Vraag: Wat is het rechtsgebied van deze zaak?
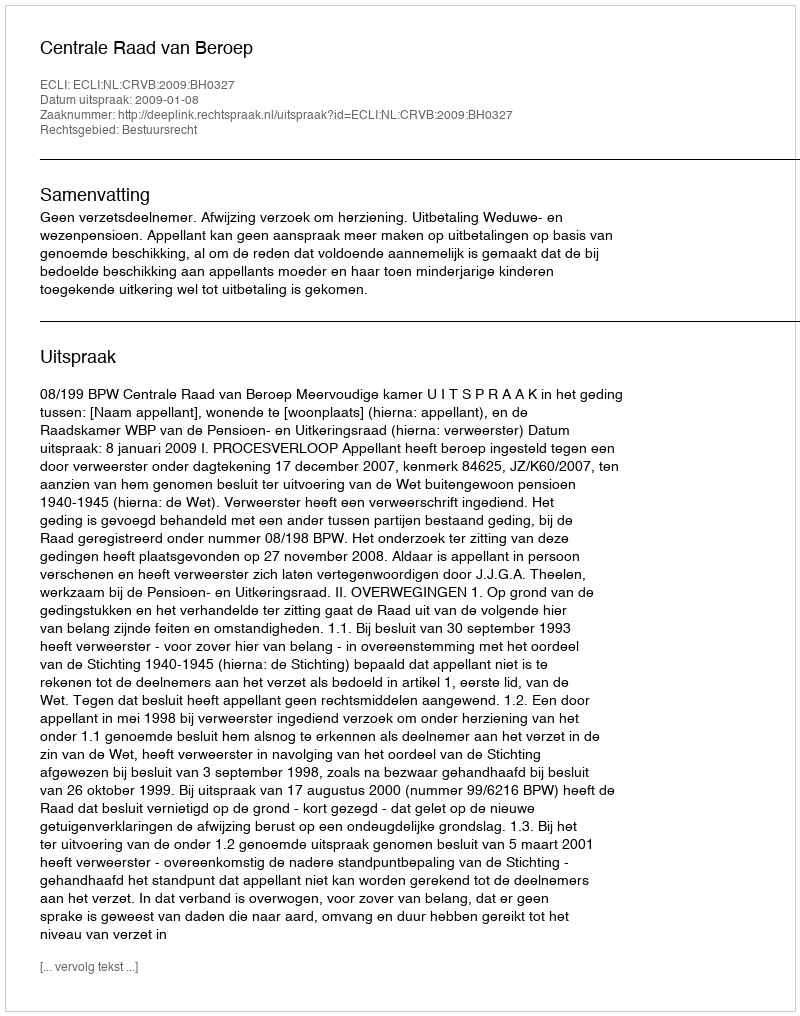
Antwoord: Bestuursrecht